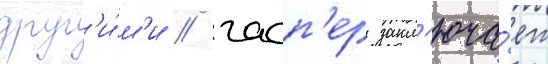
друг'и́м'и / гасп'ер закл'юча́ет